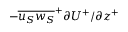
- { { \overline { { { u _ { S } } { w _ { S } } } } } ^ { + } } { { \partial } U ^ { + } / { \partial } z ^ { + } }